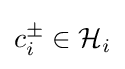
c_{i}^{\pm }\in {\mathcal {H}}_{i}